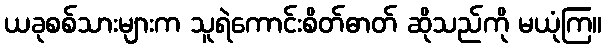
ယခုစစ်သားများက သူရဲကောင်းစိတ်ဓာတ် ဆိုသည်ကို မယုံကြ။